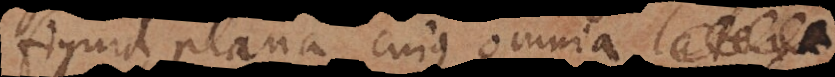
figura plana cujus omnia extr